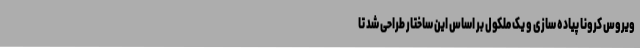
ویروس کرونا پیاده سازی و یک ملکول بر اساس این ساختار طراحی شد تا